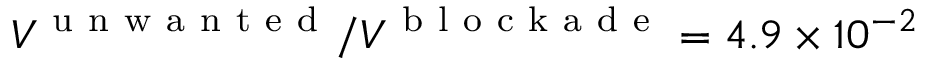
V ^ { \mathrm { ~ u ~ n ~ w ~ a ~ n ~ t ~ e ~ d ~ } } / V ^ { \mathrm { ~ b ~ l ~ o ~ c ~ k ~ a ~ d ~ e ~ } } = 4 . 9 \times 1 0 ^ { - 2 }